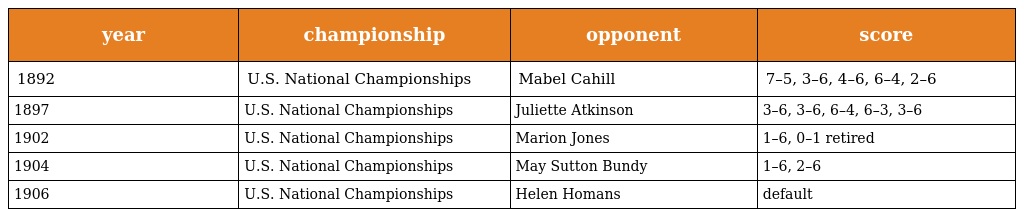
| year | championship | opponent | score |
 | --- | --- | --- | --- |
 | 1892 | U.S. National Championships | Mabel Cahill | 7–5, 3–6, 4–6, 6–4, 2–6 |
 | 1897 | U.S. National Championships | Juliette Atkinson | 3–6, 3–6, 6–4, 6–3, 3–6 |
 | 1902 | U.S. National Championships | Marion Jones | 1–6, 0–1 retired |
 | 1904 | U.S. National Championships | May Sutton Bundy | 1–6, 2–6 |
 | 1906 | U.S. National Championships | Helen Homans | default |